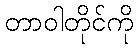
တာဝါတိုင်ကို